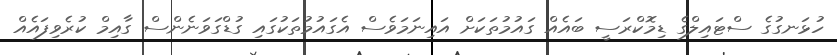
ހުޅަނގުގެ ސްޓައިލްގެ ޑިމޮކްރަސީ ބައެއް ގައުމުތަކަށް އައިނަމަވެސް އެގައުމުތަކުގައި ގުޑްގަވަނެންސް ގާއިމް ކުރެވިފައެއް